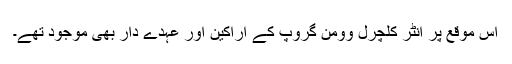
اس موقع پر انٹر کلچرل وومن گروپ کے اراکین اور عہدے دار بھی موجود تھے۔